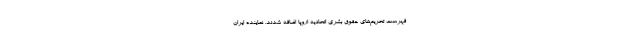
فهرست تحریم‌های حقوق بشری اتحادیه اروپا اضافه شدند. نماینده ایران